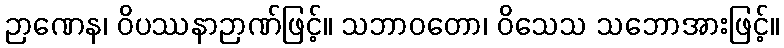
ဉာဏေန၊ ဝိပဿနာဉာဏ်ဖြင့်။ သဘာဝတော၊ ဝိသေသ သဘောအားဖြင့်။